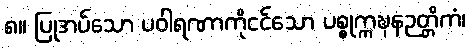
၈။ ပြုအပ်သော ပဝါရဏာကိုငင်သော ပစ္စုက္ကဍ္ဎနဉတ္တိကံ၊